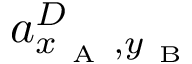
a _ { x _ { \mathrm { ~ A ~ } } , y _ { \mathrm { ~ B ~ } } } ^ { D }